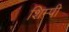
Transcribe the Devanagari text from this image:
शिम्पी